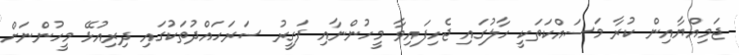
ޖަމިއްޔާއިން ކުރާ މަސައްކަތަކީ ހާލުގައި ޖެހިފައިވާ މީހުންނާއި ފަގީރު ސަރަހައްދުތަކުގައި ދިރިއުޅޭ މީހުންނަށް